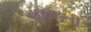
ખખડતી